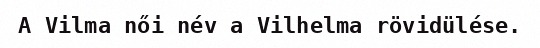
A Vilma női név a Vilhelma rövidülése.